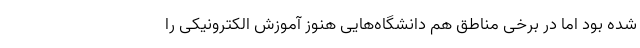
شده بود اما در برخی مناطق هم دانشگاه‌هایی هنوز آموزش الکترونیکی را